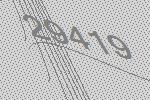
29419